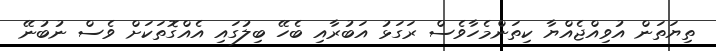
ތިޔަތަން އުވިއްޖެއްޔާ ކިތަންމެހާވެސް ރަގަޅު އަބުރާއި ބެހޭ ބިލުގައި އެއްގޮތަކަށް ވެސް ނުބުނޭ